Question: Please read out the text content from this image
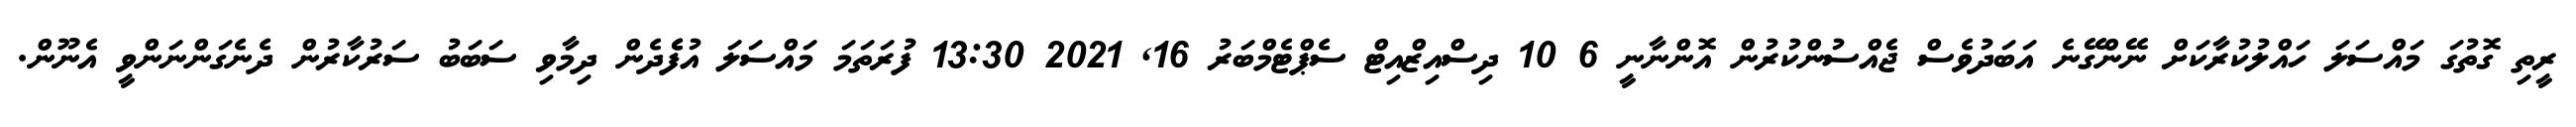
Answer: ރީތި ގޮތުގަ މައްސަލަ ހައްލުކުރާކަށް ނޭންގޭނެ އަބަދުވެސް ޖެއްސުންކުރުން އޮންނާނީ 6 10 ދިސްއިޒްއިޓް ސެޕްޓެމްބަރު 16, 2021 13:30 ފުރަތަމަ މައްސަލަ އުފެެދެން ދިމާވި ސަބަބު ސަރުކާރުން ދެނެގަންނަންވީ އެނޫން.